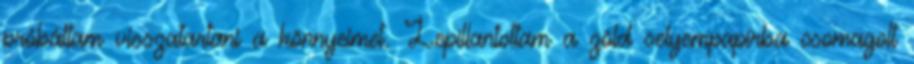
próbáltam visszatartani a könnyeimet. Lepillantottam a zöld selyempapírba csomagolt